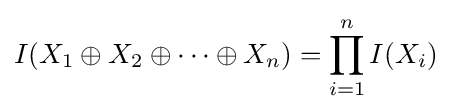
I(X_{1}\oplus X_{2}\oplus \cdots \oplus X_{n})=\prod _{i=1}^{n}I(X_{i})